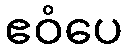
ဧဝံပေ